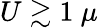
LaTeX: U\gtrsim 1\ \mu